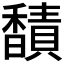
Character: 𫘁